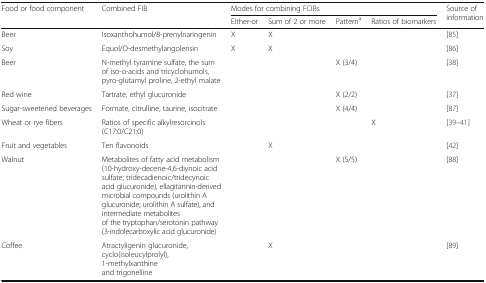
| <ROWSPAN=2> Food or food component | <ROWSPAN=2> Combined FIB | <COLSPAN=4> Modes for combining FCIBs | <ROWSPAN=2> Source of information |
 | Either-or | Sum of 2 or more | Patterna | Ratios of biomarkers |
 | --- | --- | --- | --- | --- | --- | --- |
 | Beer | Isoxanthohumol/8-prenylnaringenin | X | X |  |  | [85] |
 | Soy | Equol/O-desmethylangolensin | X | X |  |  | [86] |
 | Beer | N-methyl tyramine sulfate, the sum of iso-α-acids and tricyclohumols, pyro-glutamyl proline, 2-ethyl malate |  |  | X (3/4) |  | [38] |
 | Red wine | Tartrate, ethyl glucuronide |  |  | X (2/2) |  | [37] |
 | Sugar-sweetened beverages | Formate, citrulline, taurine, isocitrate |  |  | X (4/4) |  | [87] |
 | Wheat or rye fibers | Ratios of specific alkylresorcinols (C17:0/C21:0) |  |  |  | X | [39–41] |
 | Fruit and vegetables | Ten flavonoids |  | X |  |  | [42] |
 | Walnut | Metabolites of fatty acid metabolism (10-hydroxy-decene-4,6-diynoic acid sulfate; tridecadienoic/tridecynoic acid glucuronide), ellagitannin-derived microbial compounds (urolithin A glucuronide; urolithin A sulfate), and intermediate metabolites of the tryptophan/serotonin pathway (3-indolecarboxylic acid glucuronide) |  |  | X (5/5) |  | [88] |
 | Coffee | Atractyligenin glucuronide, cyclo(isoleucylprolyl), 1-methylxanthine and trigonelline |  | X |  |  | [89] |